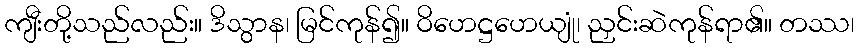
ကျီးတို့သည်လည်း။ ဒိသွာန၊ မြင်ကုန်၍။ ဝိဟေဋ္ဌဟေယျုံ၊ ညှင်းဆဲကုန်ရာ၏။ တဿ၊